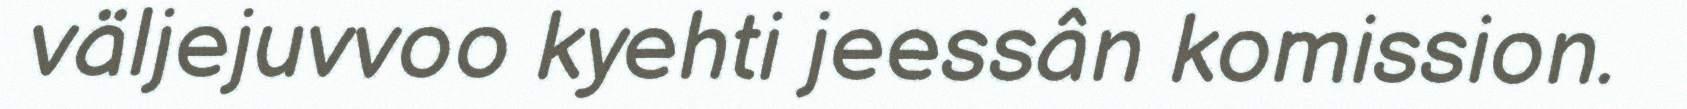
väljejuvvoo kyehti jeessân komission.